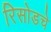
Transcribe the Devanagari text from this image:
रिसोडचे